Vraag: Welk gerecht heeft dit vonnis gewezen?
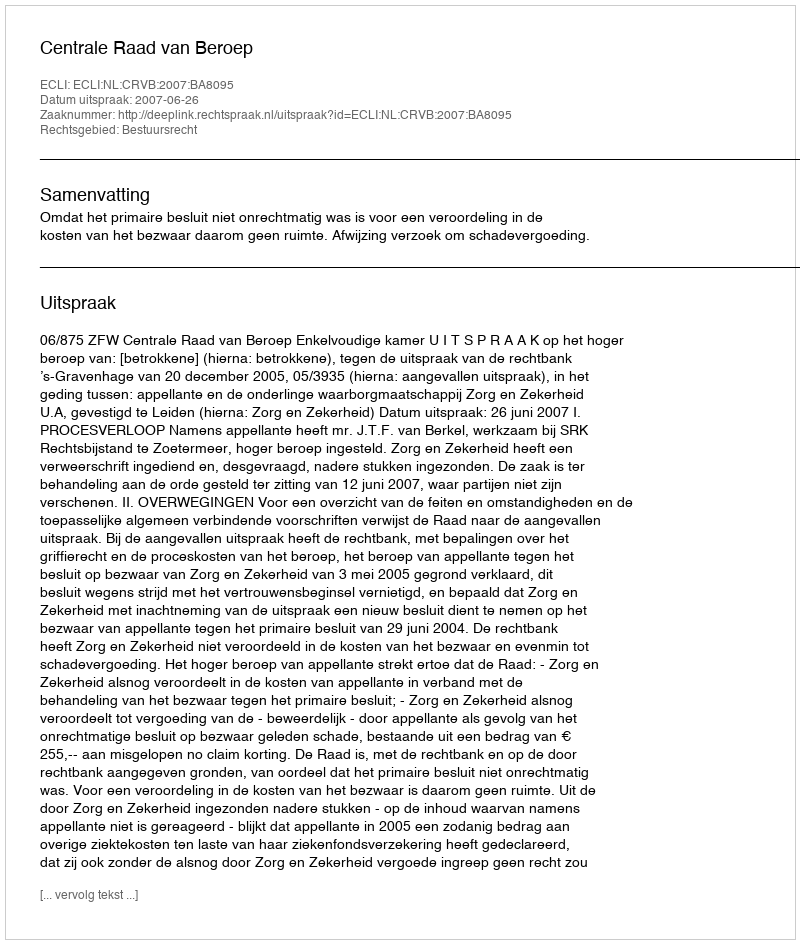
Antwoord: Centrale Raad van Beroep